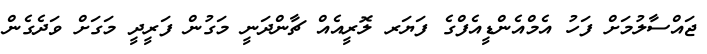
ޖައްސާލުމަށް ފަހު އެމްއެންޑީއެފްގެ ފަޔަރ ލޮރީއެއް ޗާންދަނީ މަގުން ފަރީދީ މަގަށް ވަދެގެން